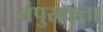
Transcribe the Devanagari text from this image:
नंपुसकता